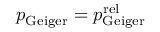
p _ { \mathrm { G e i g e r } } = p _ { \mathrm { G e i g e r } } ^ { \mathrm { r e l } }